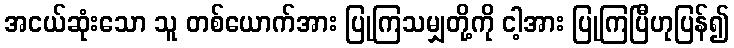
အငယ်ဆုံးသော သူ တစ်ယောက်အား ပြုကြသမျှတို့ကို ငါ့အား ပြုကြပြီဟုပြန်၍